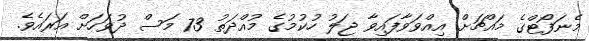
މެނަފޯޓްގެ މައްޗަށް އިއްވަވާފައިވާ ޖަލު ހުކުމުގެ މުއްދަތު 73 މަސް ދުވަހަށް އަރައެވެ.